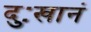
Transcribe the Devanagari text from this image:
दुःखानं